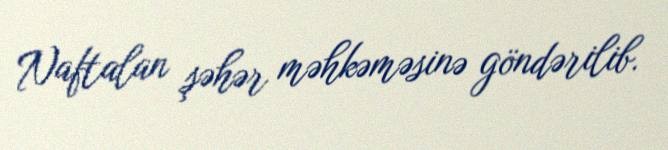
Naftalan şəhər məhkəməsinə göndərilib.